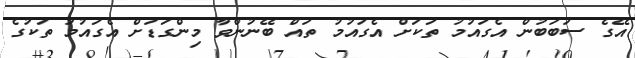
އޭގެ ސަބަބުން އެގައުމު ތަކަށް އެގައުމު ތައް ބޭނުންވާ މިންގަޑަށް އެގައުމު ތަކުގެ